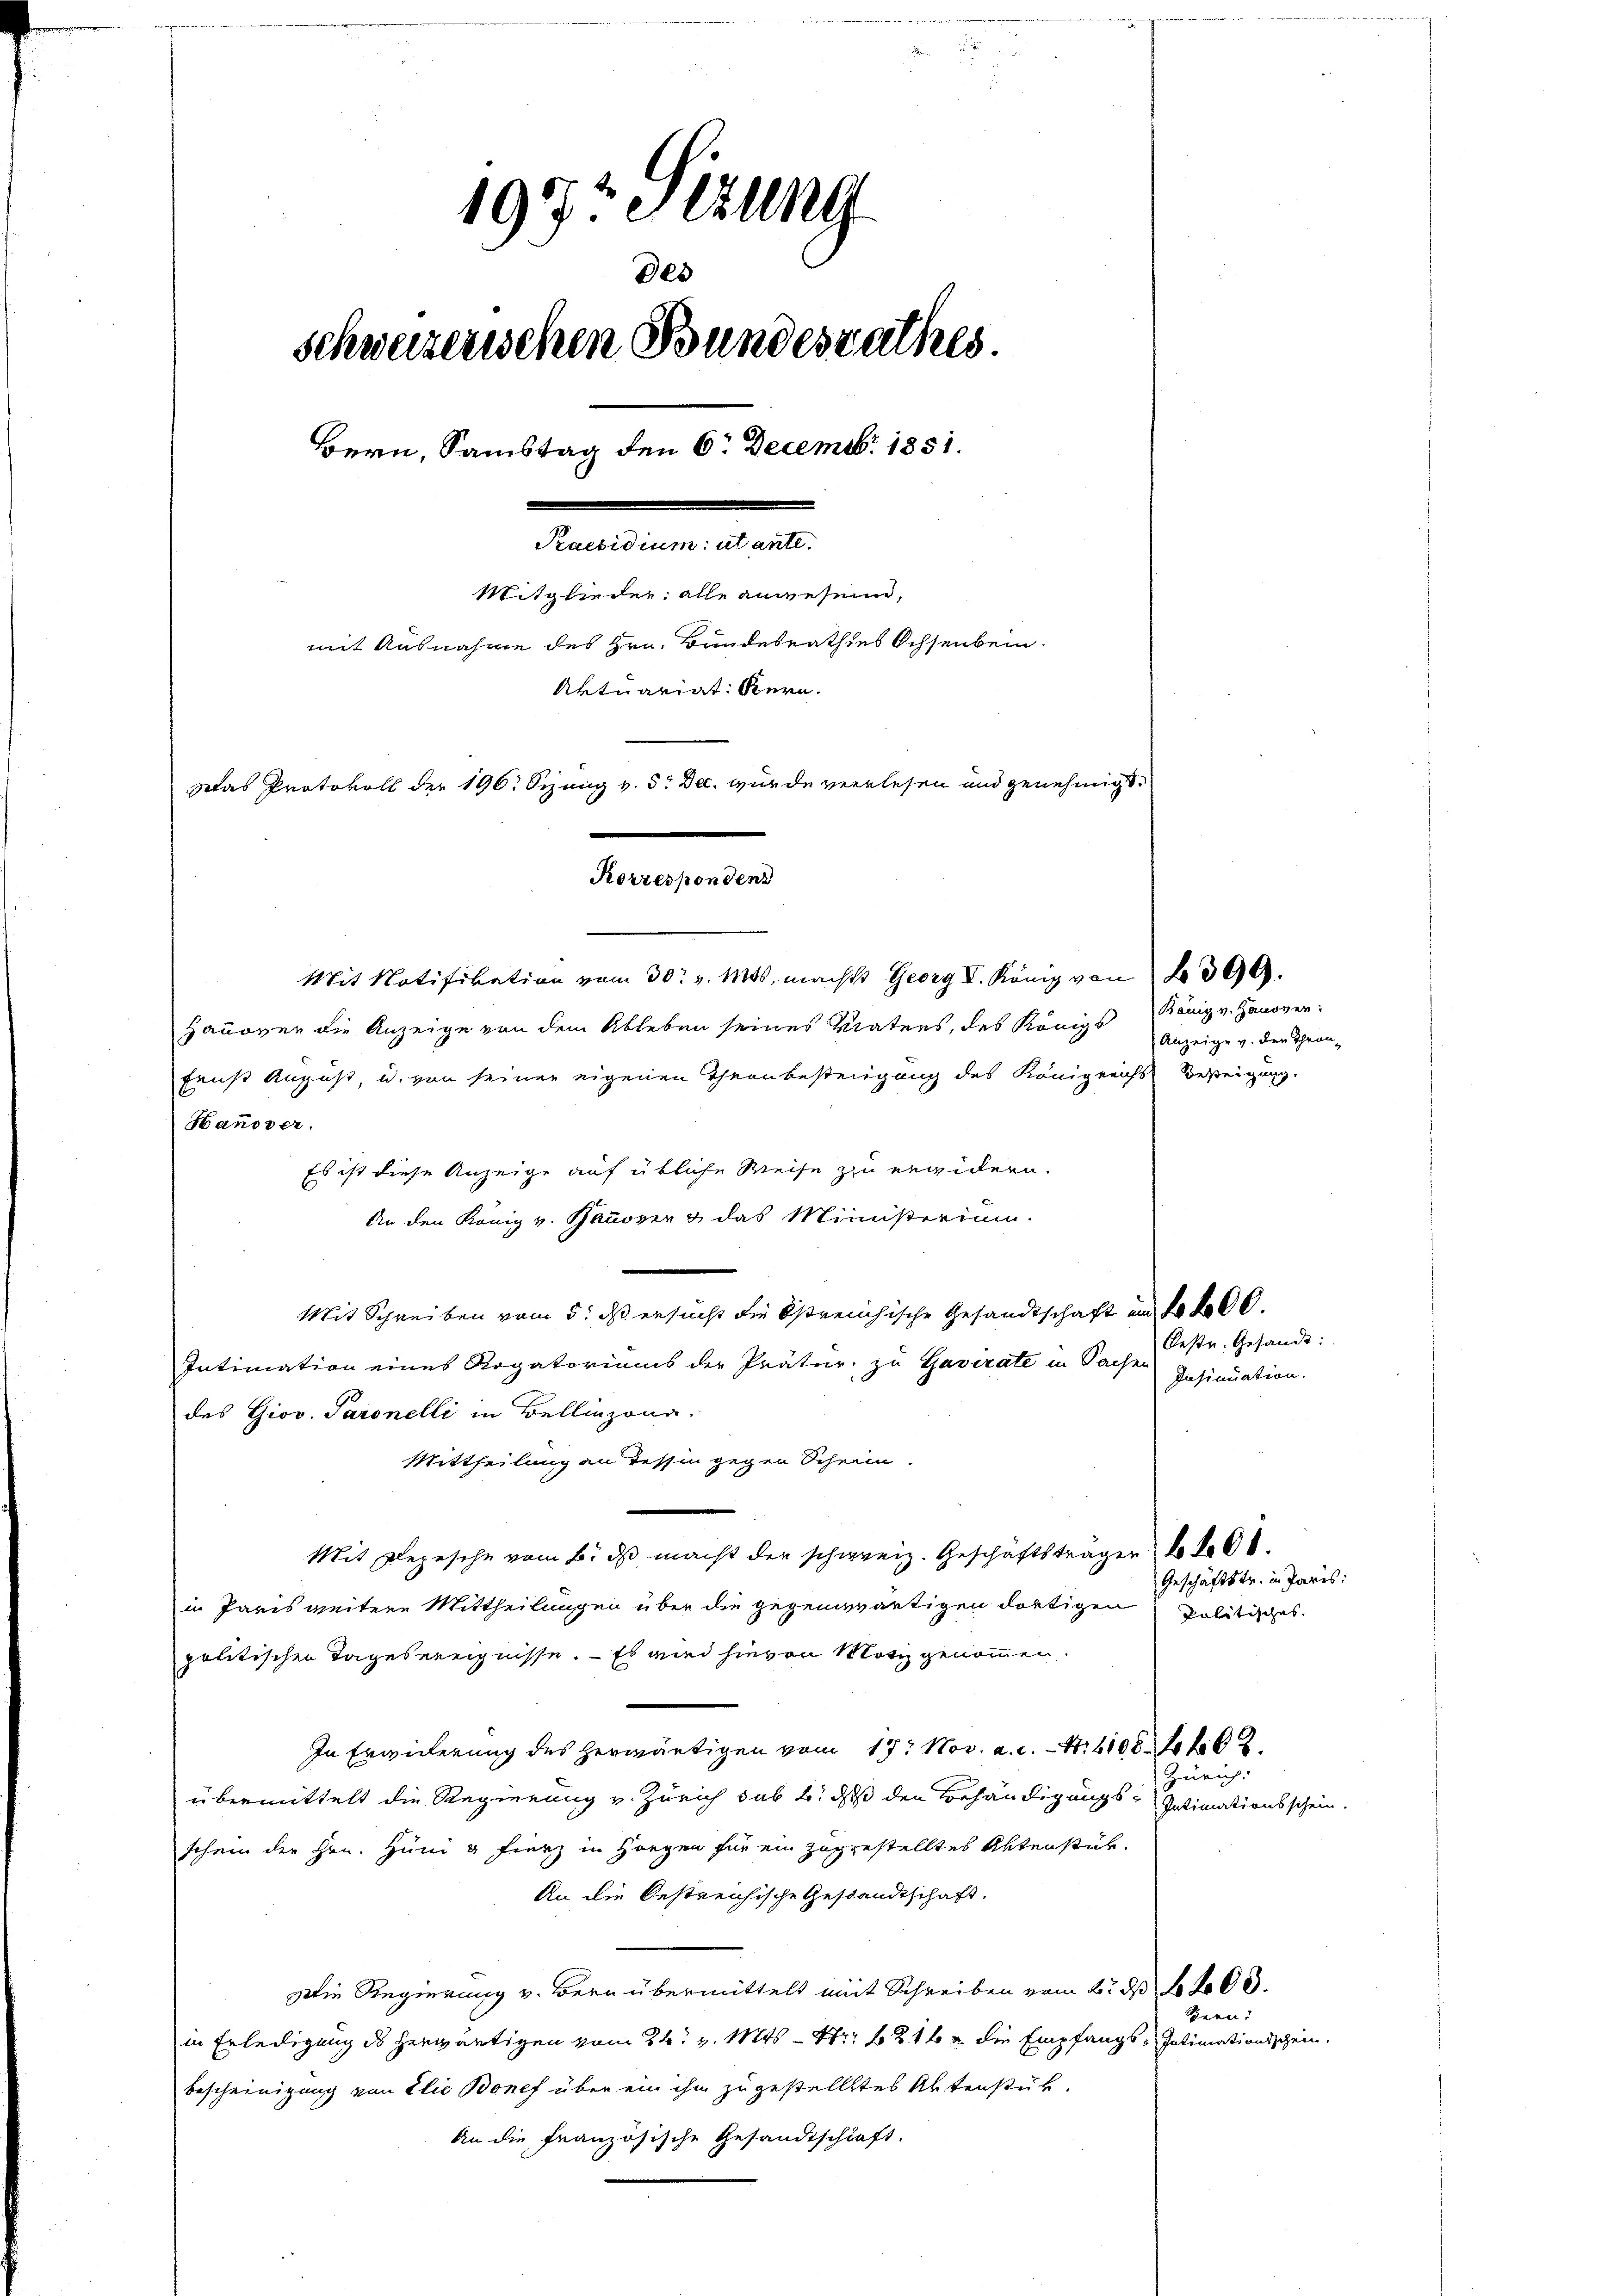
1972 etzung
schweizerischen Bundesrathes.
Bern, Samstag den 6. Decemb. 1851.
Arealien ande
Mitglieder: alle angesein,
mit Ausnahme des Hrn. Bundesrathes Ochsenbein.
Aktuariat Kern.
Das Protokoll der 196. Sizung v. 5. Dec. wurde verlesen und genehmigt.
Korresponden
Mit Notifikation vom 30. v. Mts. machtt Georg V. König von No 399.

Des

Es ist diese Anzeige auf übliche Weise zu erwidern.
An den König v. Banover & das Ministerium.

Hanover die Anzeige von dem Ableben seines Vaters, des Königl
faus August, u. von seiner eigenen Theaubesteigung des Königreichs Besteigung.

Hanover.
Mit Schreiben vom 5. ds ersucht die östreichische Gesandtschaft an Frk.
Intimation eines Rogatoriums der Prätur zu Gavirate in Sache
des Giov. Paronelli in Bellinzona.
Mittheilung an Tessin gegen Schein.
Mit Depesche vom 6. dβ macht der schweiz. Geschäftsträger No 868.
in Paris weitere Mittheilungen über die gegenwärtigen dortigen
politischen Tagebereignisse. — Es wird hievon Motiz genommen.
In Erwiderung des herwärtigen vom 17. Nov. a. d. M. hier et 2.
übermittelt die Regierung v. Zürich sub b. daß den Behändigungs-Intimationsschein.
schein der Hrn. Hüni g Fierz in Hangen für ein zuggestelltes Aktenstük¬
An die bestreichische Gestandtschaft.
Die Regierung v. Bern übermittelt mit Schreiben vom 2. ds 100.
in Erledigung des herwärtigen vom 26. v. Mts. – Nr. 216 u. die Empfangs-Intimationsschein.
bescheinigung von Elie Bonef über ein ihn zugestellttes Aktenstük.
An die französische Gesandtschaft.

König v. Hanover:
Anzeige v. der Thron¬

Oestr. Gesandt:
Insinuiation.

Geschäftstr. in Paris:
Politisches.

Zürich:

Geen: